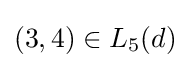
(3,4)\in L_{5}(d)